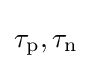
\tau _{\text{p}},\tau _{\text{n}}